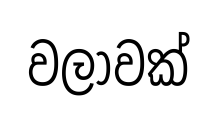
වලාවක්